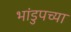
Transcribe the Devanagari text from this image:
भांडुपच्या